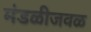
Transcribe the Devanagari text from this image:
मंडळीजवळ